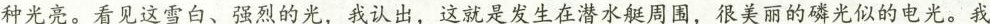
种光亮。看见这雪白、强烈的光，我认出，这就是发生在潜水艇周围，很美丽的磷光似的电光。我